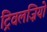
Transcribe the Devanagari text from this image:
ट्रिवलज़ियो